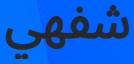
شفھي